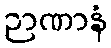
ဉာဏာနံ